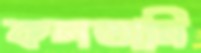
কলতানি